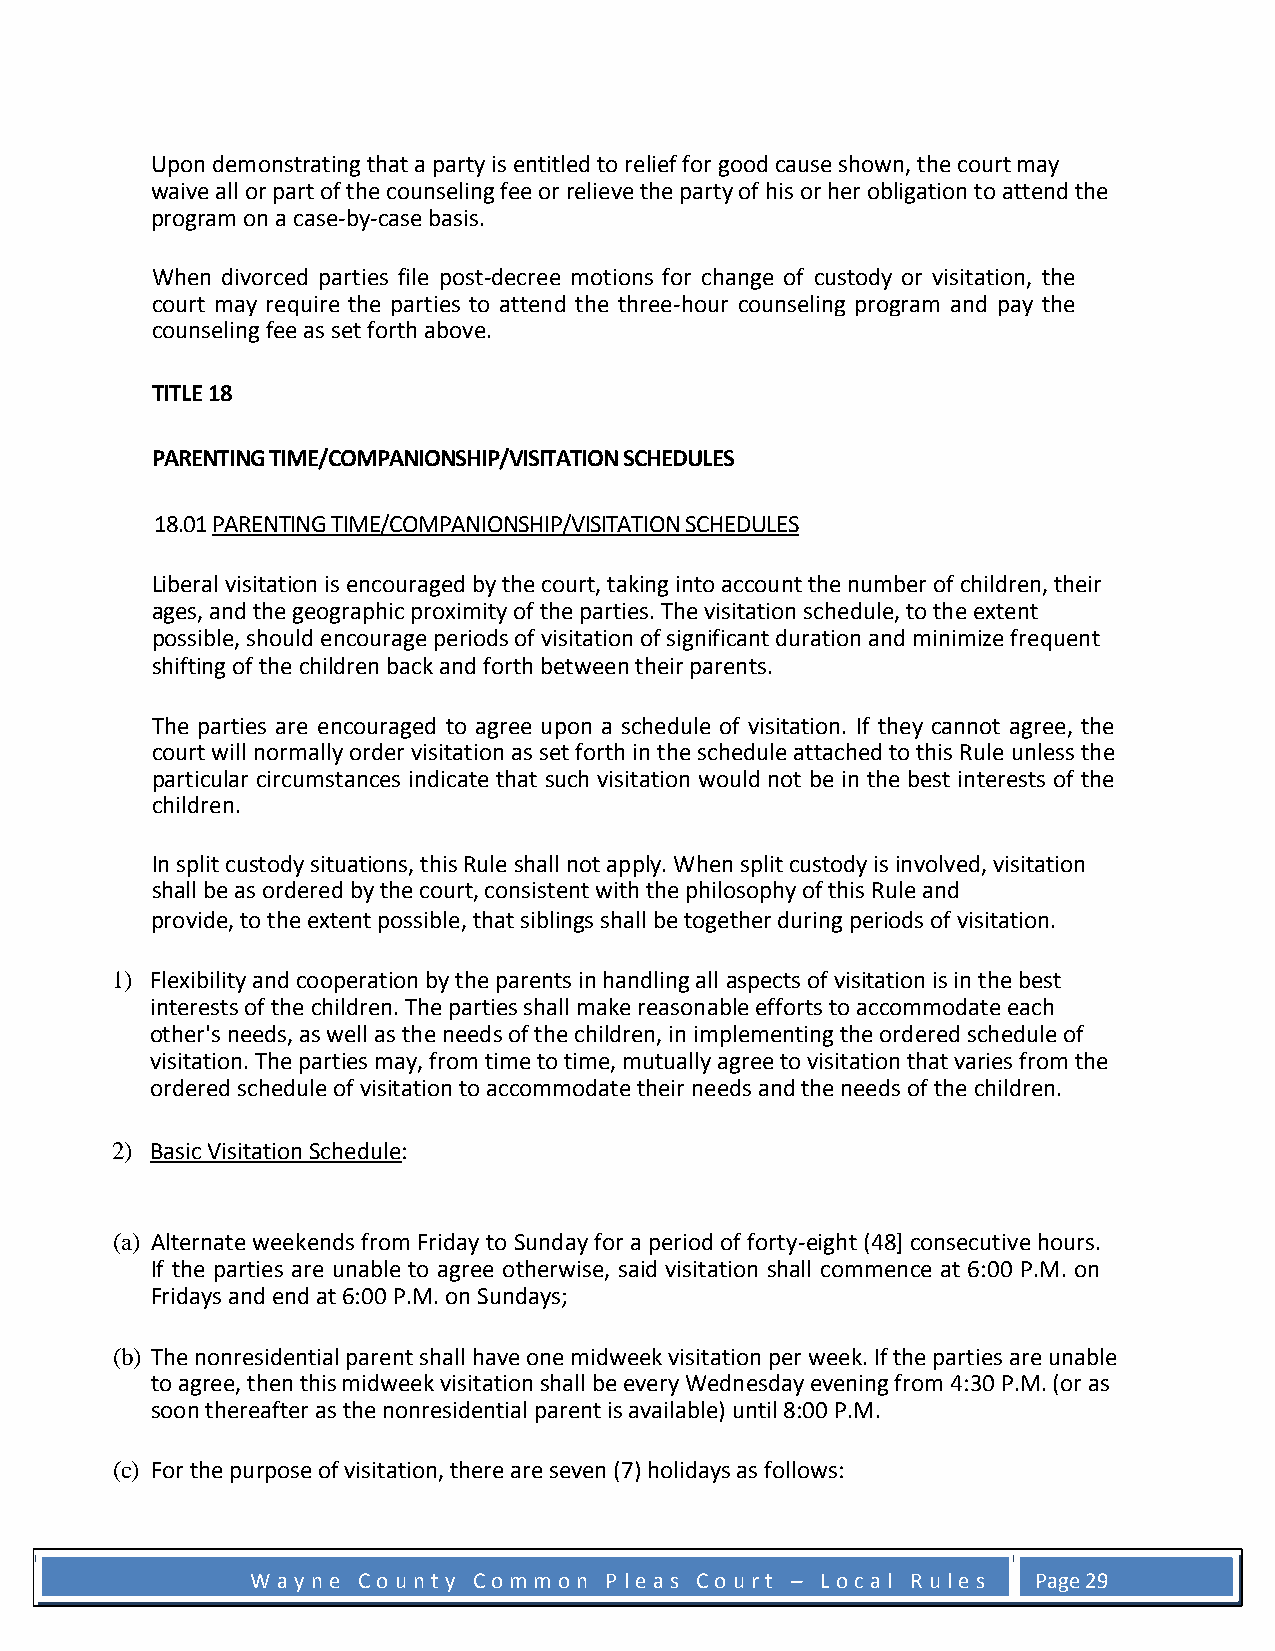
Upon demonstrating that a party is entitled to relief for good cause shown, the court may
 waive all or part of the counseling fee or relieve the party of his or her obligation to attend the
 program on a case-by-case basis.
 When divorced parties file post-decree motions for change of custody or visitation, the
 court may require the parties to attend the three-hour counseling program and pay the
 counseling fee as set forth above.
 TITLE 18
 PARENTING TIME/COMPANIONSHIP/VISITATION SCHEDULES
 18.01 PARENTING TIME/COMPANIONSHIP/VISITATION SCHEDULES
 Liberal visitation is encouraged by the court, taking into account the number of children, their
 ages, and the geographic proximity of the parties. The visitation schedule, to the extent
 possible, should encourage periods of visitation of significant duration and minimize frequent
 shifting of the children back and forth between their parents.
 The parties are encouraged to agree upon a schedule of visitation. If they cannot agree, the
 court will normally order visitation as set forth in the schedule attached to this Rule unless the
 particular circumstances indicate that such visitation would not be in the best interests of the
 children.
 In split custody situations, this Rule shall not apply. When split custody is involved, visitation
 shall be as ordered by the court, consistent with the philosophy of this Rule and
 provide, to the extent possible, that siblings shall be together during periods of visitation.
 1) Flexibility and cooperation by the parents in handling all aspects of visitation is in the best
 interests of the children. The parties shall make reasonable efforts to accommodate each
 other's needs, as well as the needs of the children, in implementing the ordered schedule of
 visitation. The parties may, from time to time, mutually agree to visitation that varies from the
 ordered schedule of visitation to accommodate their needs and the needs of the children.
 2) Basic Visitation Schedule:
 (a) Alternate weekends from Friday to Sunday for a period of forty-eight (48] consecutive hours.
 If the parties are unable to agree otherwise, said visitation shall commence at 6:00 P.M. on
 Fridays and end at 6:00 P.M. on Sundays;
 (b) The nonresidential parent shall have one midweek visitation per week. If the parties are unable
 to agree, then this midweek visitation shall be every Wednesday evening from 4:30 P.M. (or as
 soon thereafter as the nonresidential parent is available) until 8:00 P.M.
 (c) For the purpose of visitation, there are seven (7) holidays as follows:
 W a y n e C o u n t y C o m m o n P l e a s C o u r t – L o c a l R u l e s Page 29